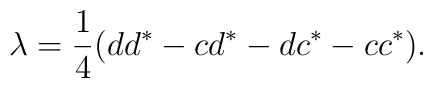
\lambda={1\over4}(dd^*-cd^*-dc^*-cc^*).